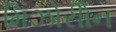
મિઝોરીોન